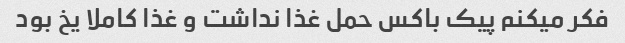
فکر میکنم پیک باکس حمل غذا نداشت و غذا کاملا یخ بود